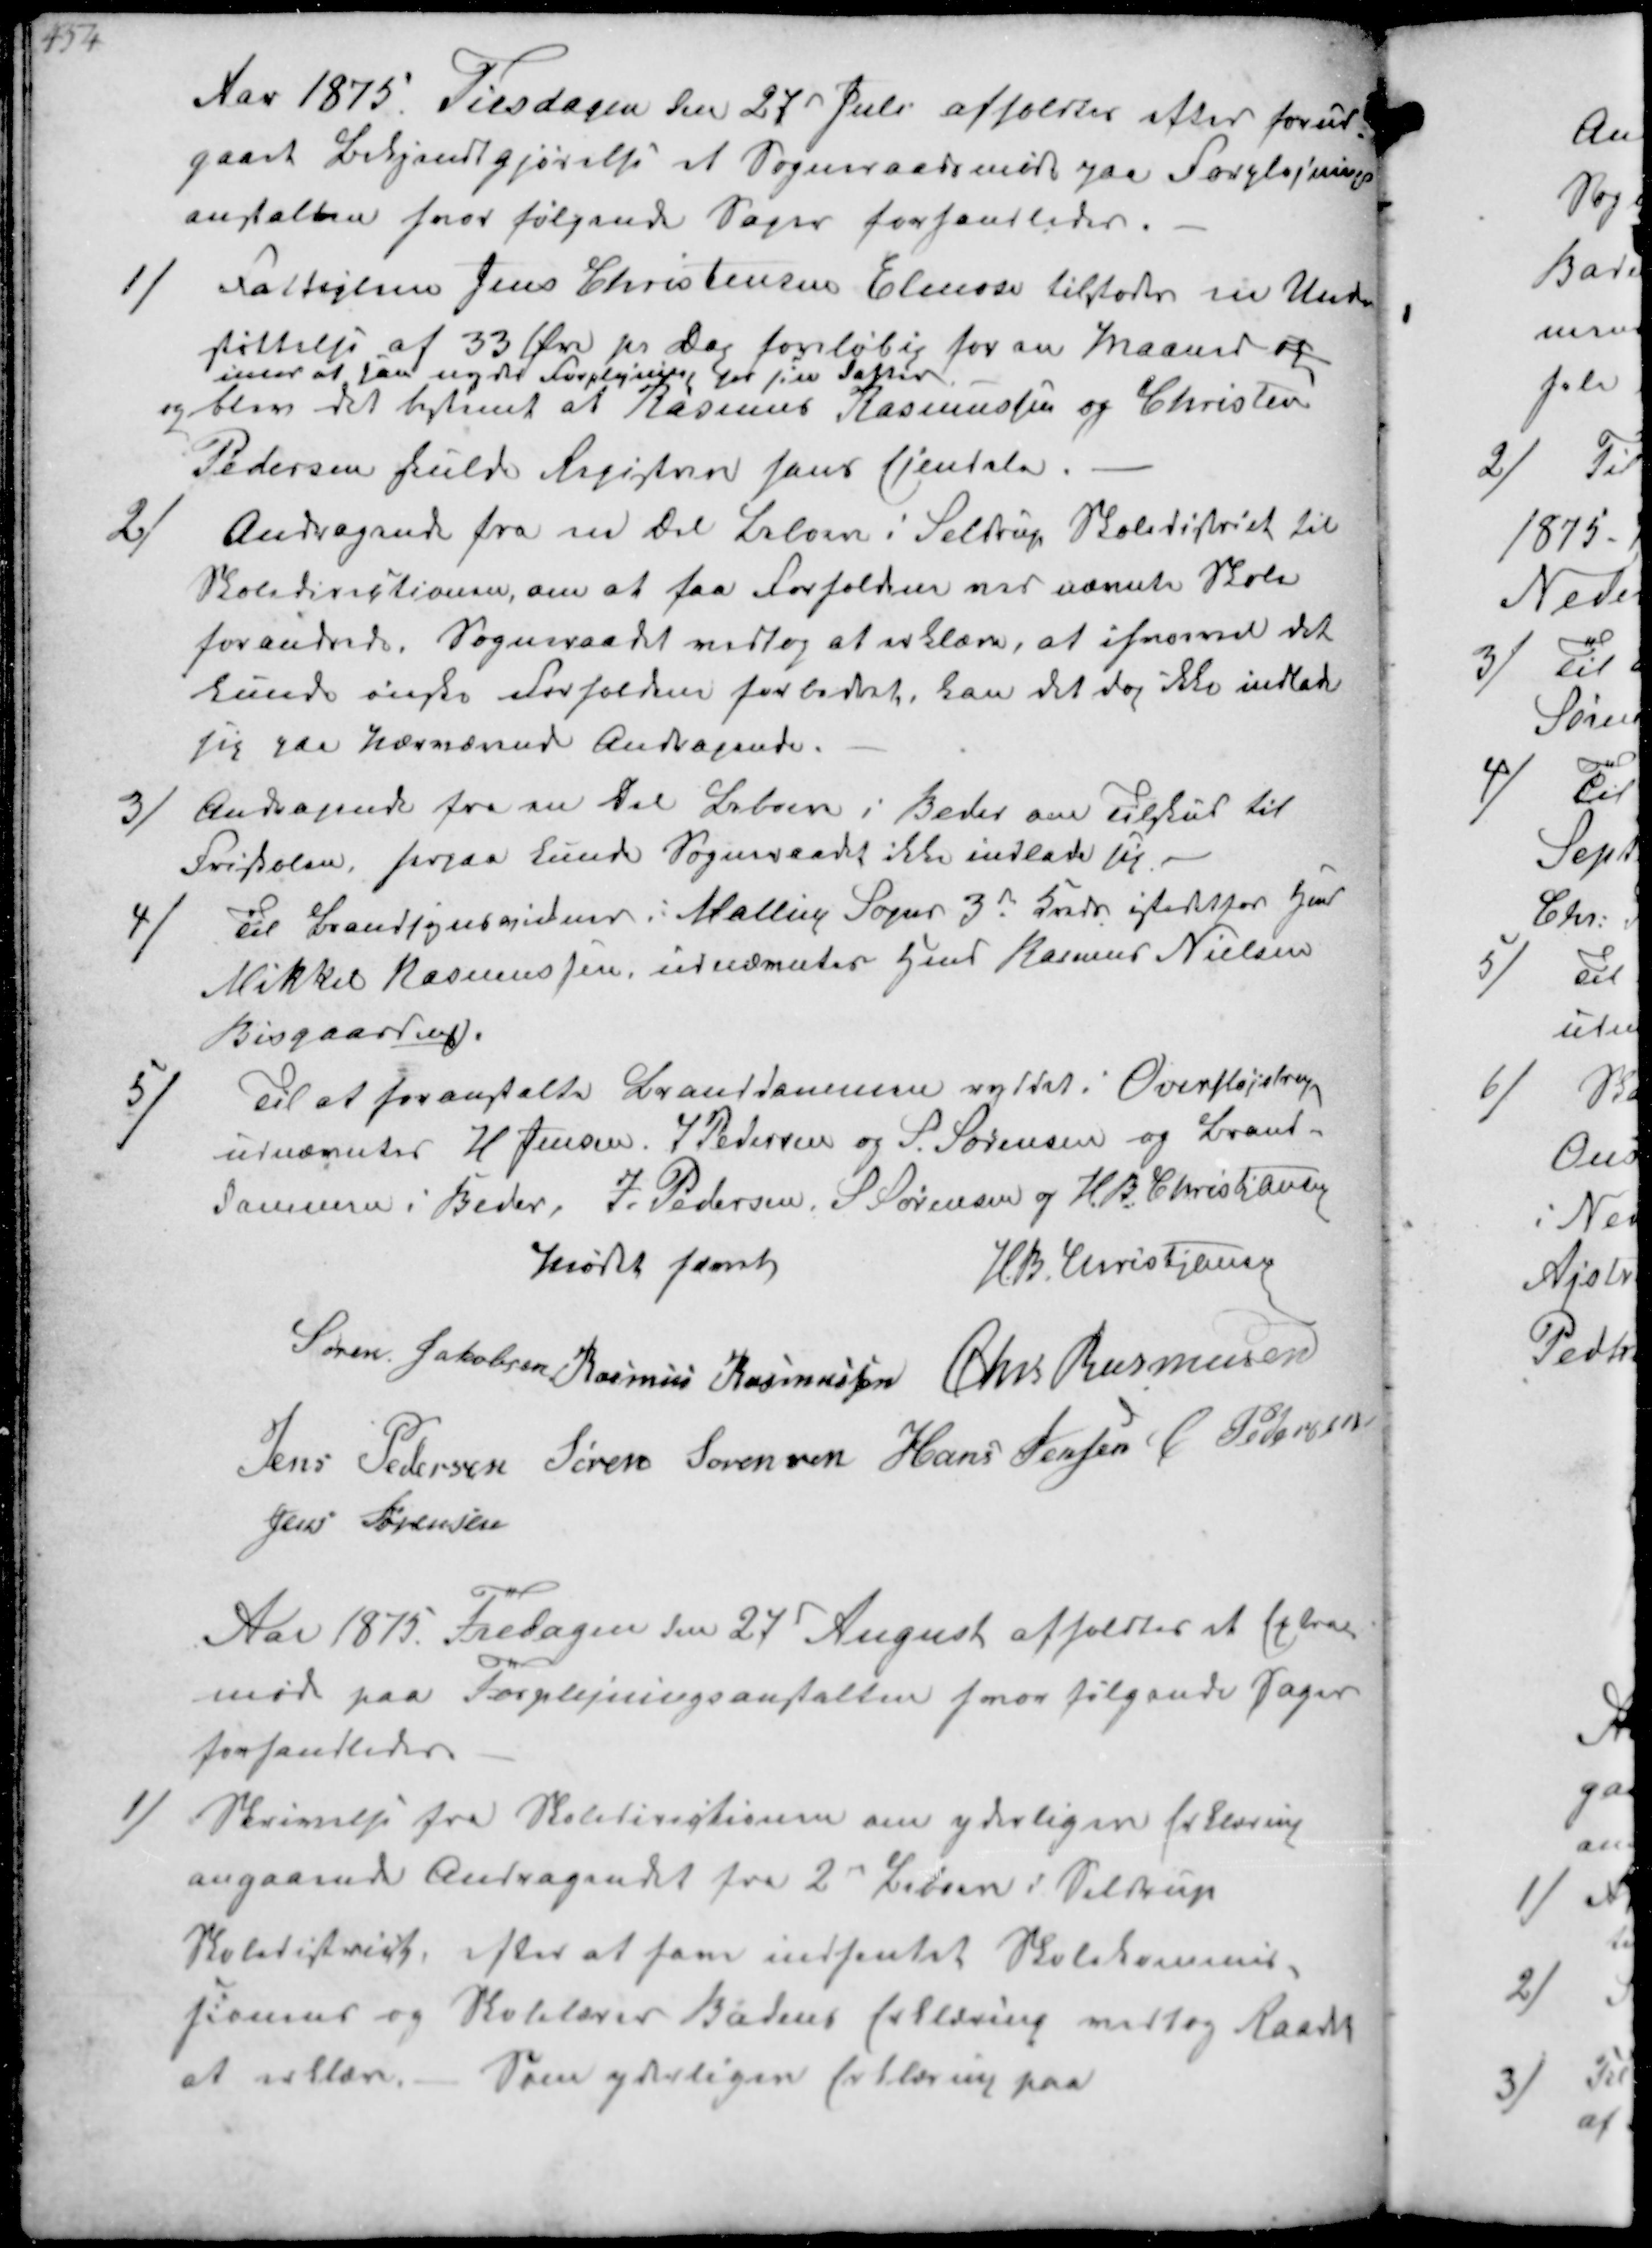
Transskription:
Aar 1875. Tirsdagen den 27d Juli afholdtes efter forud-
gaaet Bekjendtgjørelss et Sogneraadsmøde paa Forplejnings-
anstalten hvor følgende sager forhandledes.

1/
Fattiglem Jens Cristensen Elmose tilstodes en Under-
støttelse af 33 Øre pr Dag foreløbig for en Maaned og
imod at han nyder Forplejning hos sin Datter
og blev det bestemt at Rasmus Rasmussen og Christen
Pedersen skulde Registrere hans Ejendele

2/
Andragende fra en Del Beboere i Seldrup Skoledistrict til
Skoledirectionen, om at faa Forholdene ved nævnte Skole
forandrede. Sogneraadet vedtog at erklære, at ihvormed det
kunde ønske forholdene for bedret, kan det dog ikke indlade
sig paa nærværende Andragende.

3/
Andragende fra en del Beboere i Beder om Tilskud til
Friskolen, herpaa kunde Sogneraadet ikke indlade sig

4/
Til Brandsynsvidnerr i Malling Sogns 3d Kreds istedetfor Gmd
Mikkel Rasmussen, udnævntes Gmd Rasmus Nielsen
Bisgaard ₻

5/
Til at foranstalte Branddammen ryddet i Overfløjstrup
udnævntes H Jensen J Pedersen og P. Sørensen og Brand-
dammen i Beder, P. Pedersen S Sørensen og H. B. Christiansen
Mødet hævet
H. B. Christjansen
Søren Jakobsen Rasmus Rasmussen Chr Rasmussen
Jens Pedersen Søren Sørensen Hans Jensen C Pedersen
Jens Sørensen

Aar 1875 Fredagen den 27d August afholdtes et Extra
møde paa Forplejningsanstalten hvor følgende Sager
forhandledes

1/
Skrivelse fra Skoledirektionen om yderligere forklaring
angaaende Andragendet fra 2d Læreren i Seldrup
Skoledistrikt efter at have indhentet Skolekommis-
sionens og Skolelærer Badens forklaring vedtog Raadet
at erklære. Som yderliger forklaring paa